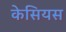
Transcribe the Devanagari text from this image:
केसियस